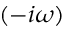
( - i \omega )